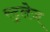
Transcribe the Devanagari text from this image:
स्टुलेज